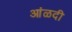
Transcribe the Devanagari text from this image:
आंळदी